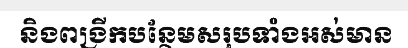
និងពង្រីកបន្ថែមសរុបទាំងអស់មាន